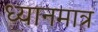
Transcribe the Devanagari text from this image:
ध्यानमात्र